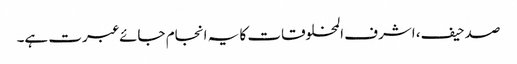
صدحیف، اشرف المخلوقات کا یہ انجام جائے عبرت ہے۔